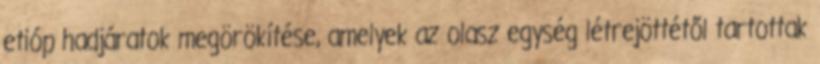
etióp hadjáratok megörökítése, amelyek az olasz egység létrejöttétől tartottak